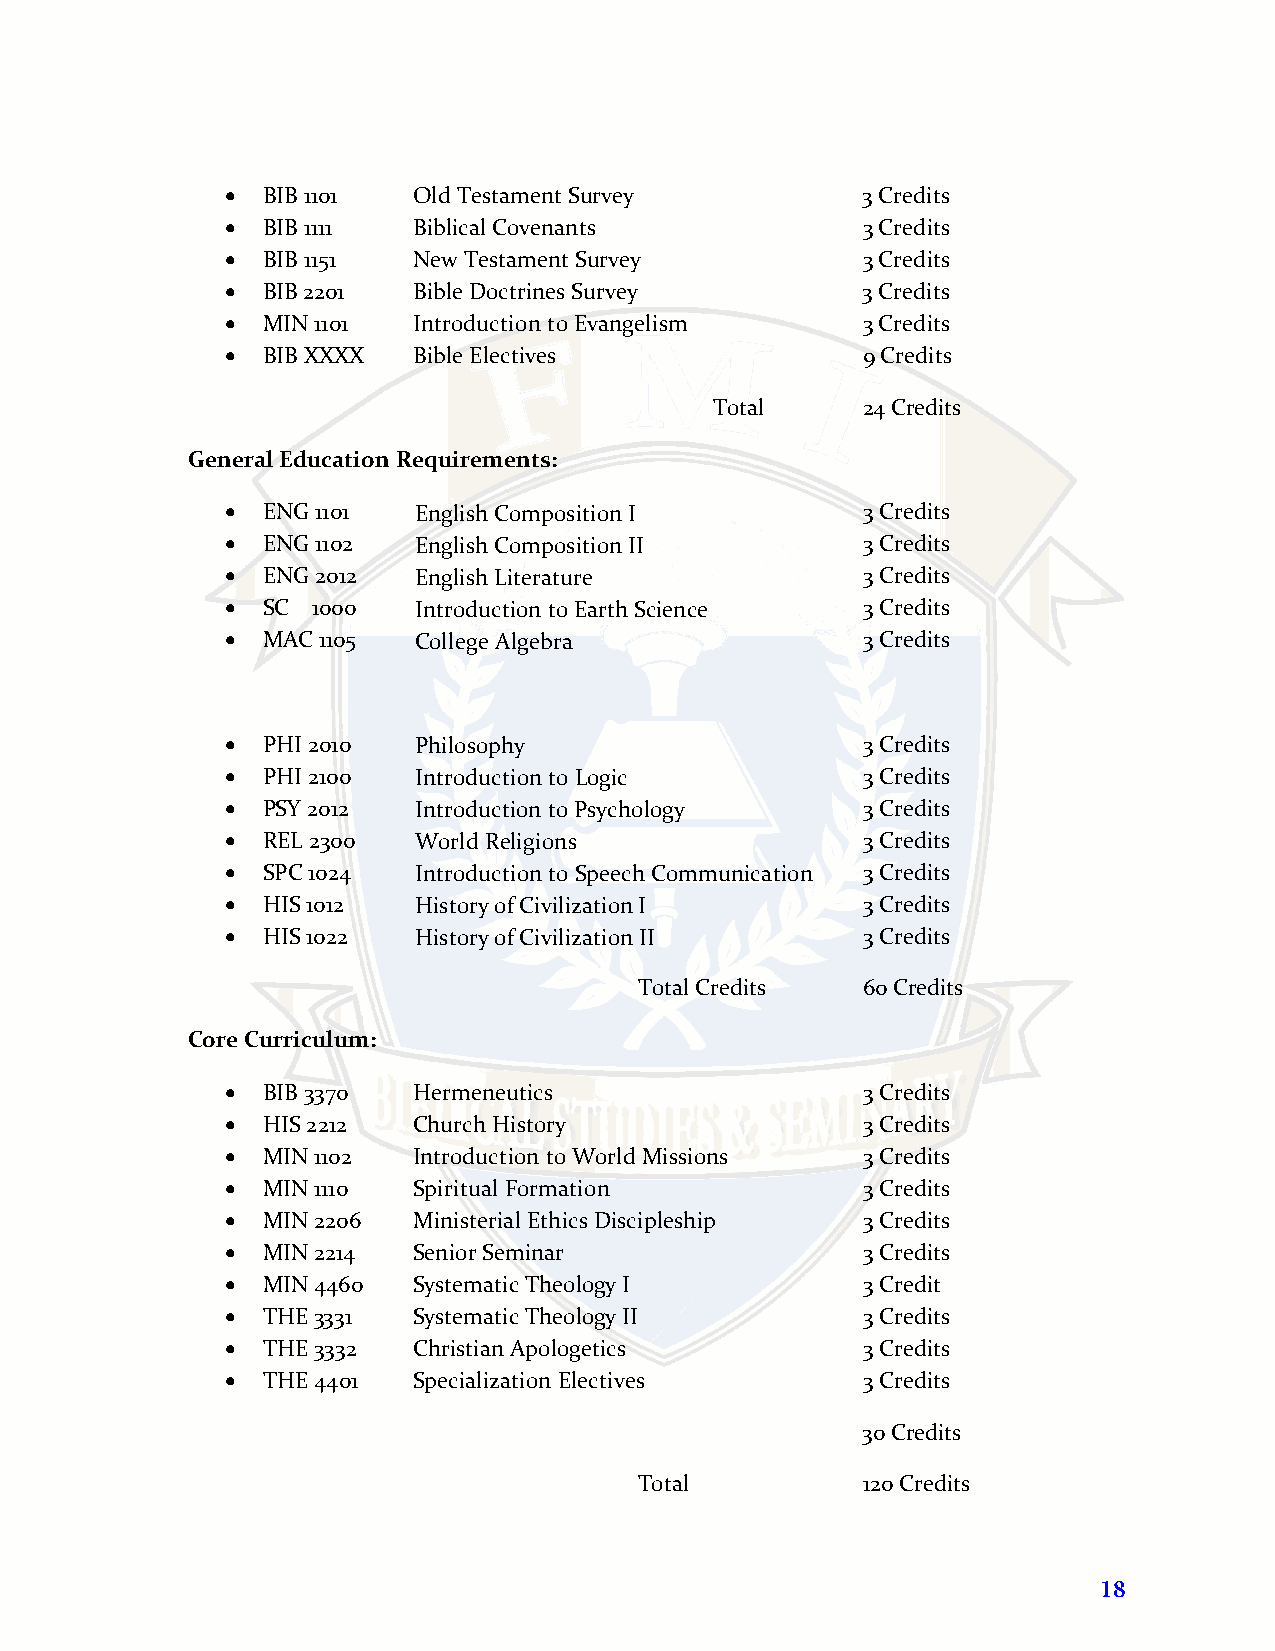
• BIB 1101  Old Testament Survey          3 Credits
 • BIB 1111  Biblical Covenants            3 Credits
 • BIB 1151  New Testament Survey          3 Credits
 • BIB 2201  Bible Doctrines Survey        3 Credits
 • MIN 1101  Introduction to Evangelism    3 Credits
 • BIB XXXX  Bible Electives               9 Credits
 Total     24 Credits
 General Education Requirements:
 • ENG 1101  English Composition I         3 Credits
 • ENG 1102  English Composition II        3 Credits
 • ENG 2012  English Literature            3 Credits
 • SC  1000  Introduction to Earth Science 3 Credits
 • MAC 1105  College Algebra               3 Credits
 • PHI 2010  Philosophy                    3 Credits
 • PHI 2100  Introduction to Logic         3 Credits
 • PSY 2012  Introduction to Psychology    3 Credits
 • REL 2300  World Religions               3 Credits
 • SPC 1024  Introduction to Speech Communication 3 Credits
 • HIS 1012  History of Civilization I     3 Credits
 • HIS 1022  History of Civilization II    3 Credits
 Total Credits  60 Credits
 Core Curriculum:
 • BIB 3370  Hermeneutics                  3 Credits
 • HIS 2212  Church History                3 Credits
 • MIN 1102  Introduction to World Missions 3 Credits
 • MIN 1110  Spiritual Formation           3 Credits
 • MIN 2206  Ministerial Ethics Discipleship 3 Credits
 • MIN 2214  Senior Seminar                3 Credits
 • MIN 4460  Systematic Theology I         3 Credit
 • THE 3331  Systematic Theology II        3 Credits
 • THE 3332  Christian Apologetics         3 Credits
 • THE 4401  Specialization Electives      3 Credits
 30 Credits
 Total          120 Credits
 18